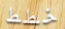
خطط